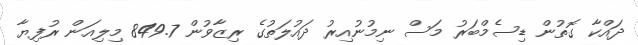
ދައްކާ ގޮތުން ޑިސެމްބަރު މަސް ނިމުނުއިރު ދައުލަތުގެ ރިޒާވުން 849.7 މިލިއަން ރުފިޔާ